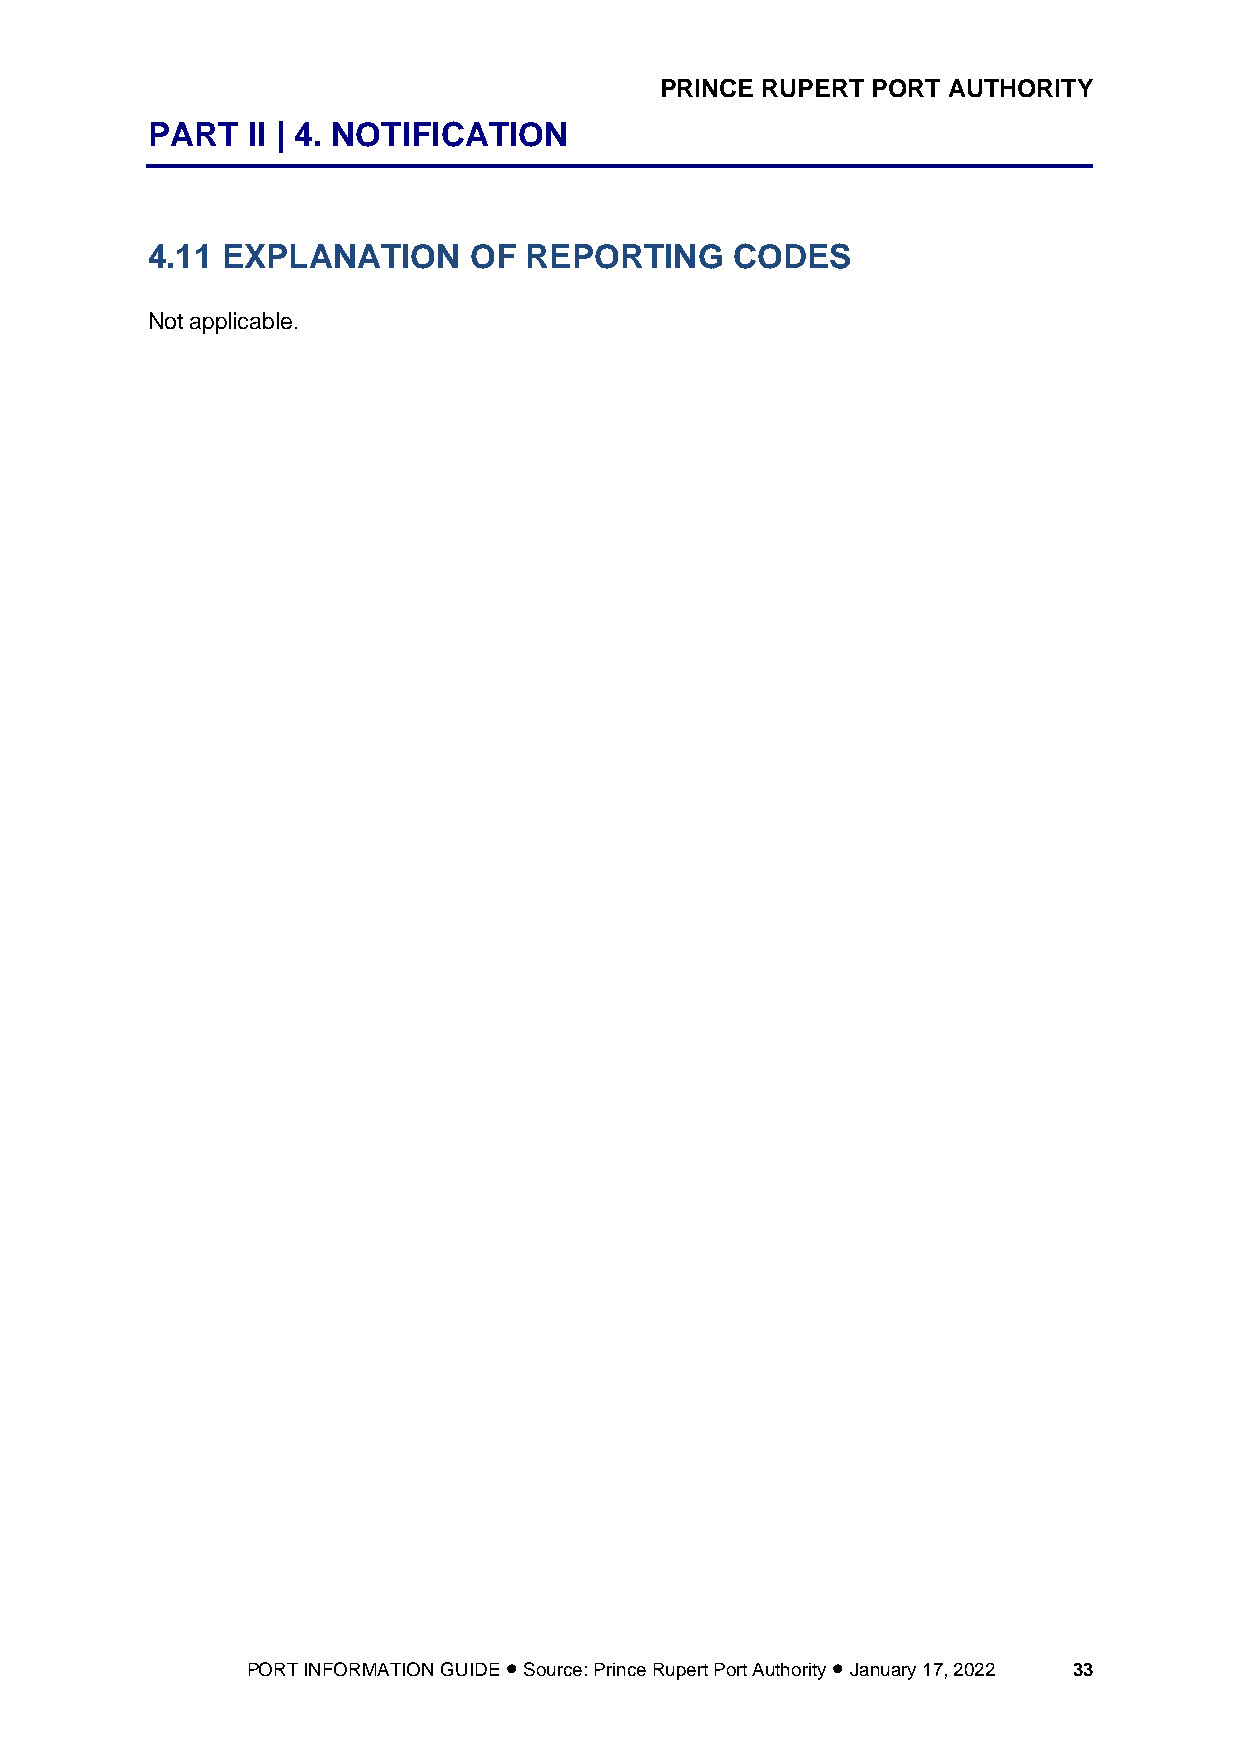
PRINCE RUPERT PORT AUTHORITY
 PART  II | 4. NOTIFICATION
 4.11 EXPLANATION     OF  REPORTING    CODES
 Not applicable.
 PORT INFORMATION GUIDE • Source: Prince Rupert Port Authority • January 17, 2022 33